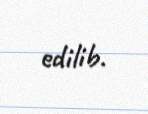
edilib.